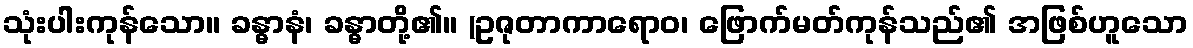
သုံးပါးကုန်သော။ ခန္ဓာနံ၊ ခန္ဓာတို့၏။ (ဥဇုတာကာရောဝ၊ ဖြောက်မတ်ကုန်သည်၏ အဖြစ်ဟူသော